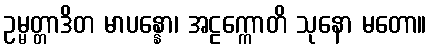
ဥမ္မတ္တာဒိတ မာပန္နော၊ အဠက္ကောတိ သုနော မတော။